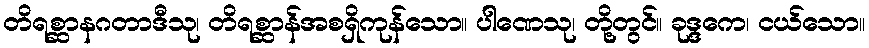
တိရစ္ဆာနဂတာဒီသု၊ တိရစ္ဆာန်အစရှိကုန်သော။ ပါဏေသု၊ တို့တွင်။ ခုဒ္ဒကေ၊ ငယ်သော။